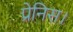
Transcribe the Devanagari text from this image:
प्रेनिस।